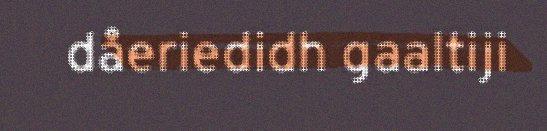
dåeriedidh gaaltiji